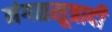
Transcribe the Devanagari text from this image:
मंगळसूत्रादी